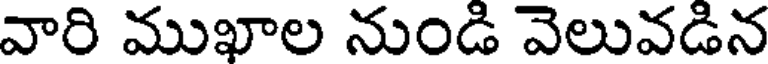
వారి ముఖాల నుండి వెలువడిన